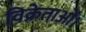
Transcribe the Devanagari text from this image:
विक्रेताओं।